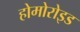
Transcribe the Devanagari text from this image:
होमोरोइड